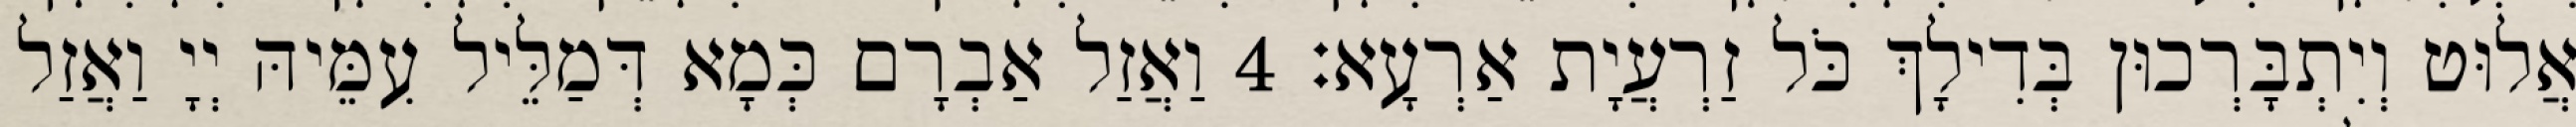
אֲלוּט וְיִתְבָּרְכוּן בְּדִילָךְ כֹּל זַרְעֲיָת אַרְעָא׃ 4 וַאֲזַל אַבְרָם כְּמָא דְּמַלֵּיל עִמֵּיהּ יְיָ וַאֲזַל